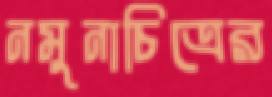
নমুনাচিত্রের